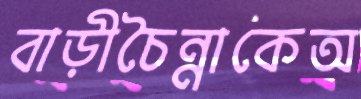
বাড়ীচৈন্নাকেঅ